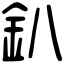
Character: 釟